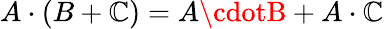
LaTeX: A\cdot(B+\mathbb{C})=A\cdotB+A\cdot\mathbb{C}